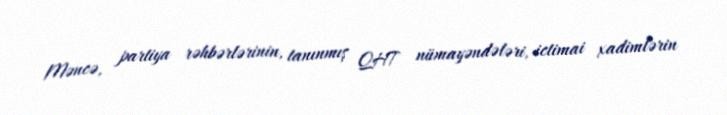
Məncə, partiya rəhbərlərinin, tanınmış QHT nümayəndələri, ictimai xadimlərin